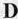
D